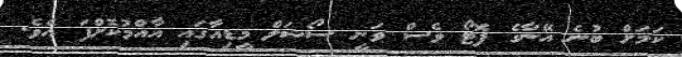
ކަމަށް ބުނެ އޭނާގެ ފޮޓޯ ވެސް ވަނީ ސޯޝަލް މީޑިއާގައި އާއްމުކޮށްފަ އެވެ.